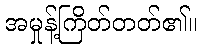
အမှုန့်ကြိတ်တတ်၏။